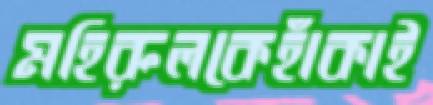
মহিরুলকেহাঁকাই